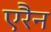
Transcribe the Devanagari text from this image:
एरैन